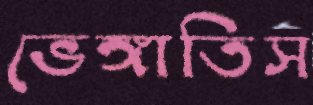
ভেঙ্গাতিস